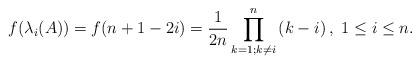
LaTeX: \begin{align*}f(\lambda_i(A))=f(n+1-2i)=\frac{1}{2n} \prod_{k=1 ; k \neq i}^{n}\left(k-i\right), \ 1\leq i\leq n. \end{align*}